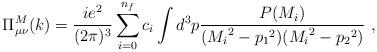
LaTeX: \begin{align*}\Pi^{M}_{\mu \nu}(k)=\frac{ie^2}{(2\pi)^3}\sum_{i=0}^{n_{f}}c_{i}\int d^3p\frac{P(M_{i})}{({M_{i}}^2-{p_{1}}^2)({M_{i}}^2-{p_{2}}^2)} \,\,,\end{align*}